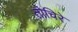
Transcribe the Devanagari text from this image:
तोचिरे